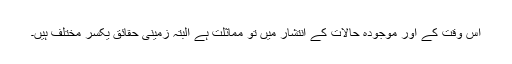
اس وقت کے اور موجودہ حالات کے انتشار میں تو مماثلت ہے البتہ زمینی حقائق یکسر مختلف ہیں۔